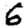
Digit: 6